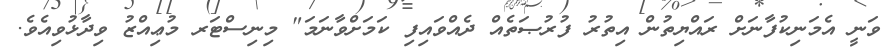
ވަނީ އެމަނިކުފާނަށް ރައްޔިތުން އިތުރު ފުރުޞަތެއް ދެއްވައިފި ކަމަށްވާނަމަ" މިނިސްޓަރ މުޢިއްޒު ވިދާޅުވިއެވެ.